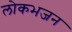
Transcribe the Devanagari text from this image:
लोकभजन